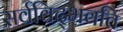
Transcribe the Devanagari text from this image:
सर्वविद्‍भवति